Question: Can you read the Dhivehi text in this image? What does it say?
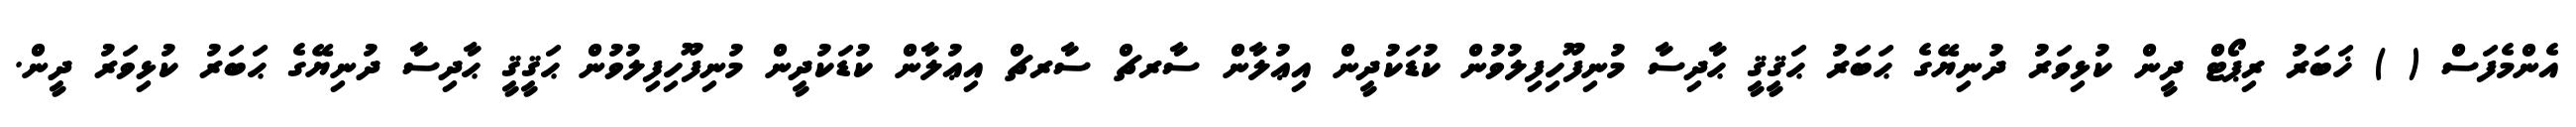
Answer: އެންމެފަސް ( ) ޚަބަރު ރިޕޯޓް ދީން ކުޅިވަރު ދުނިޔޭގެ ޙަބަރު ޙަޤީޤީ ޙާދިސާ މުނިފޫހިފިލުވުން ކުޑަކުދީން އިޢުލާން ސާރޗް ސާރޗް އިޢުލާން ކުޑަކުދީން މުނިފޫހިފިލުވުން ޙަޤީޤީ ޙާދިސާ ދުނިޔޭގެ ޙަބަރު ކުޅިވަރު ދީން.